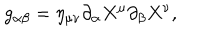
LaTeX: g _ { \alpha \beta } = \eta _ { \mu \nu } \partial _ { \alpha } X ^ { \mu } \partial _ { \beta } X ^ { \nu } ,